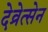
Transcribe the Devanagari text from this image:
देव्रेत्सेन